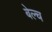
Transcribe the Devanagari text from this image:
बेल्च